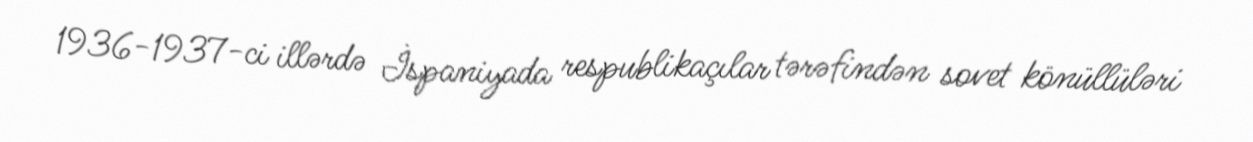
1936-1937-ci illərdə İspaniyada respublikaçılar tərəfindən sovet könüllüləri